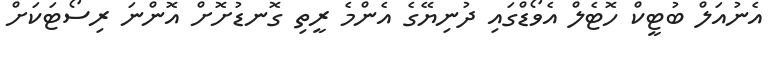
އެނުއަލް ބުޓީކް ހޮޓެލް އެވޯޑްގައި ދުނިޔޭގެ އެންމެ ރީތި ގޮނޑުށޮށް އޮންނަ ރިސޯޓަކަށް